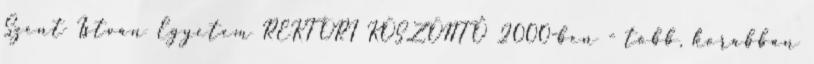
Szent István Egyetem REKTORI KÖSZÖNTŐ 2000-ben - több, korábban